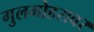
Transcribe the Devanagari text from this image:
गुलमोहरावर